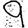
Digit: 9